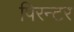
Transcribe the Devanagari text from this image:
पिरन्टर